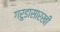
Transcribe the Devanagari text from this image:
गरुडासारखी